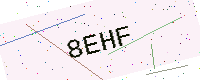
Text: 8EHF